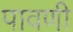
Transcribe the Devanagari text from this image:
पावणी